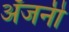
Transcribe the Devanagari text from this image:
अँजनी